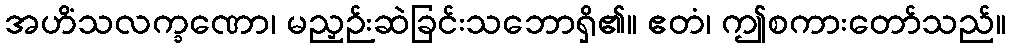
အဟိံသလက္ခဏော၊ မညှဉ်းဆဲခြင်းသဘောရှိ၏။ ဧတံ၊ ဤစကားတော်သည်။